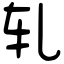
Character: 轧